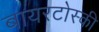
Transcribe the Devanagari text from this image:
बायरटोस्की